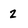
Character: 2